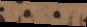
et a